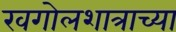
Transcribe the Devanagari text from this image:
खगोलशात्राच्या